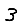
Digit: 3